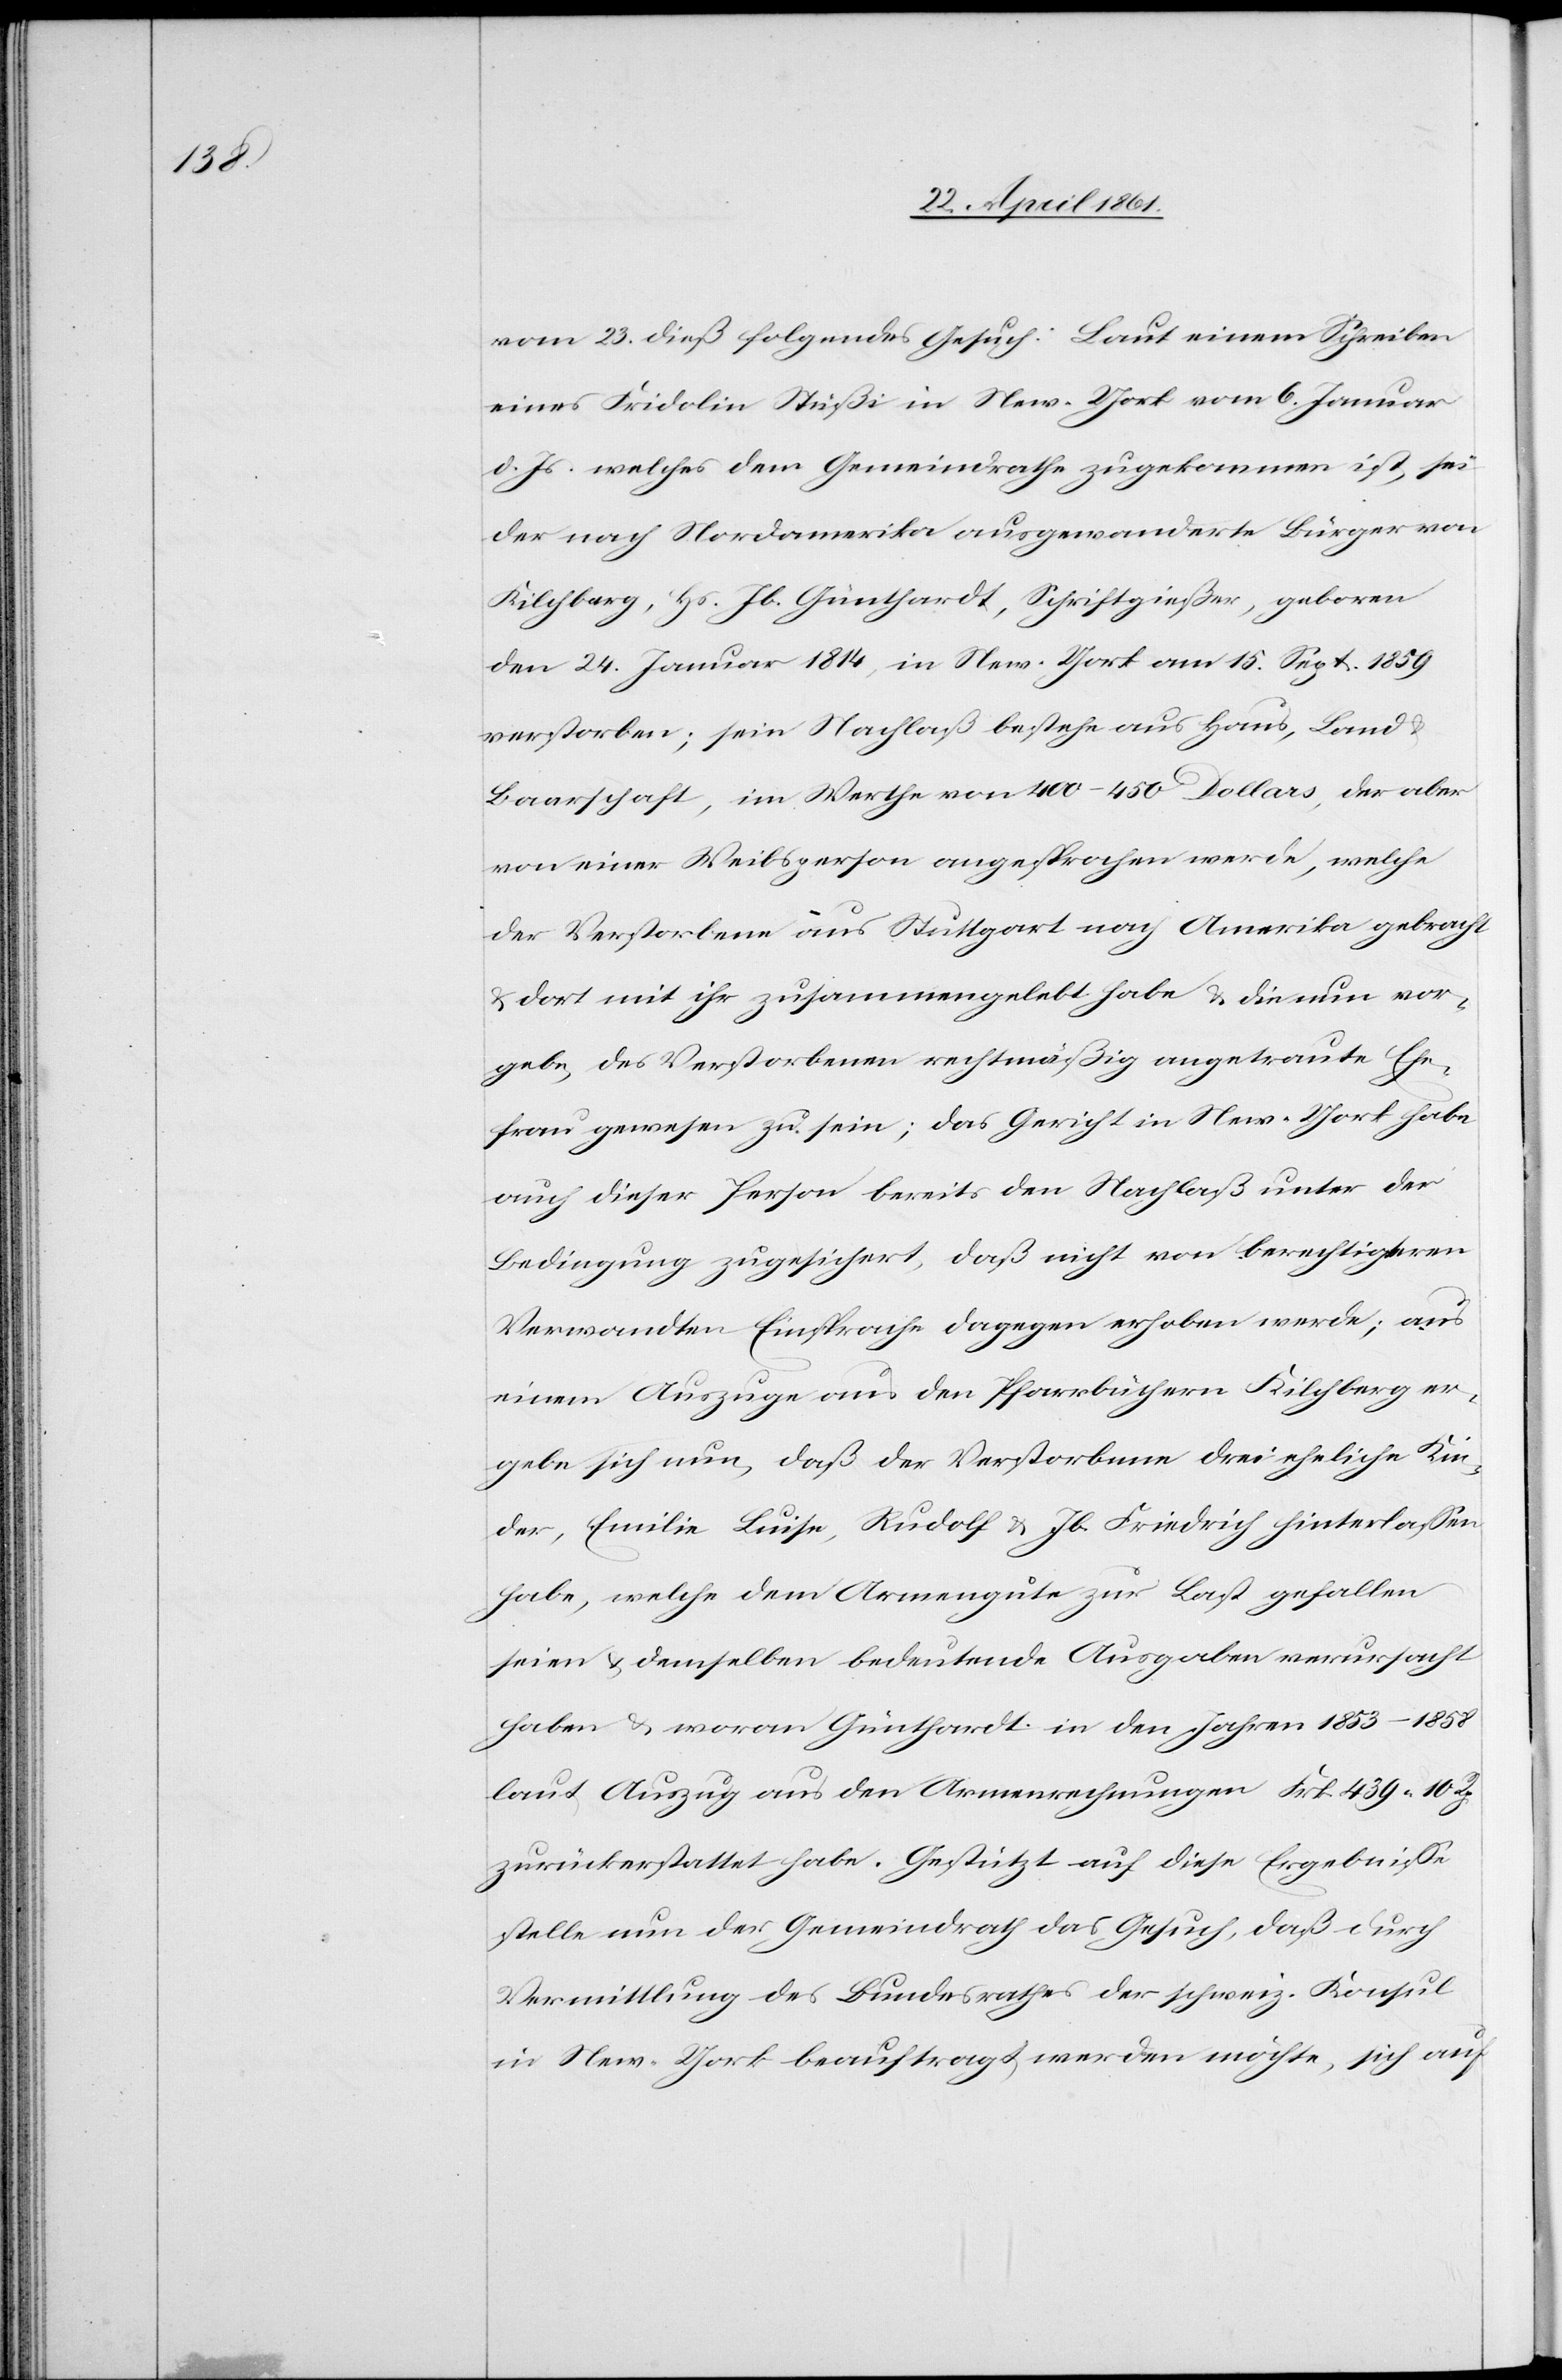
vom 23. dieß folgendes Gesuch: Laut einem Schreiben
eines Fridolin Stüßi in New-York vom 6. Januar
d. Js. welches dem Gemeindrathe zugekommen ist, sei
der nach Nordamerika ausgewanderte Bürger von
Kilchberg, Hs. B. Günthardt, Schriftgießer, geboren
den 24. Januar 1814, in New-York am 15. Sept. 1859
verstorben; sein Nachlaß bestehe aus Haus, Land u.
Baarschaft, im Werthe von 400–450 Dollars, der aber
von einer Weibsperson angesprochen werde, welche
der Verstorbene aus Stuttgart nach Amerika gebracht
u. dort mit ihr zusammengelebt habe u. die nun vor¬
gebe, des Verstorbenen rechtmäßig angetraute Ehe¬
frau gewesen zu sein; das Gericht in New-York habe
auch dieser Person bereits den Nachlaß unter der
Bedingung zugesichert, daß nicht von berechtigteren
Verwandten Einsprache dagegen erhoben werde; aus
einem Auszuge aus den Pfarrbüchern Kilchberg er¬
gebe sich nun, daß der Verstorbene drei eheliche Kin¬
der, Emilie Luise, Rudolf u. Jb. Friedrich hinterlassen
habe, welche dem Armengute zur Last gefallen
seien u. demselben bedeutende Ausgaben verursacht
haben u. woran Günthardt in den Jahren 1853–1858
laut Auszug aus den Armenrechnungen Frk. 439 10 Rp.
zurückerstattet habe. Gestützt auf diese Ergebnisse
stelle nun der Gemeindrath das Gesuch, daß durch
Vermittlung des Bundesrathes der schweiz. Konsul
in New-York beauftragt werden möchte, sich auf